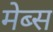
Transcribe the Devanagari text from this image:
मेब्स